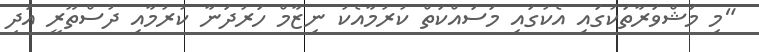
"މި މަޝްވަރާތަކުގައި އެކުގައި މަސައްކަތް ކުރުމާއެކު ނިޒާމް ހަރުދަނާ ކުރުމާއި ދުސްތޫރީ އަދި